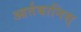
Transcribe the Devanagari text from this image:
आर्तबानिस्